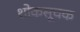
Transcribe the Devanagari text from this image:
शोकसूचक